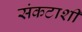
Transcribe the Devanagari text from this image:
संकटाशी